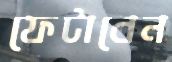
ফেটাবেন